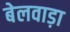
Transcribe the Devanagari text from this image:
बेलवाड़ा